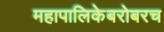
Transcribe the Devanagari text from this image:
महापालिकेबरोबरच